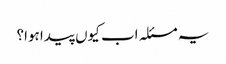
یہ مسئلہ اب کیوں پیدا ہوا؟